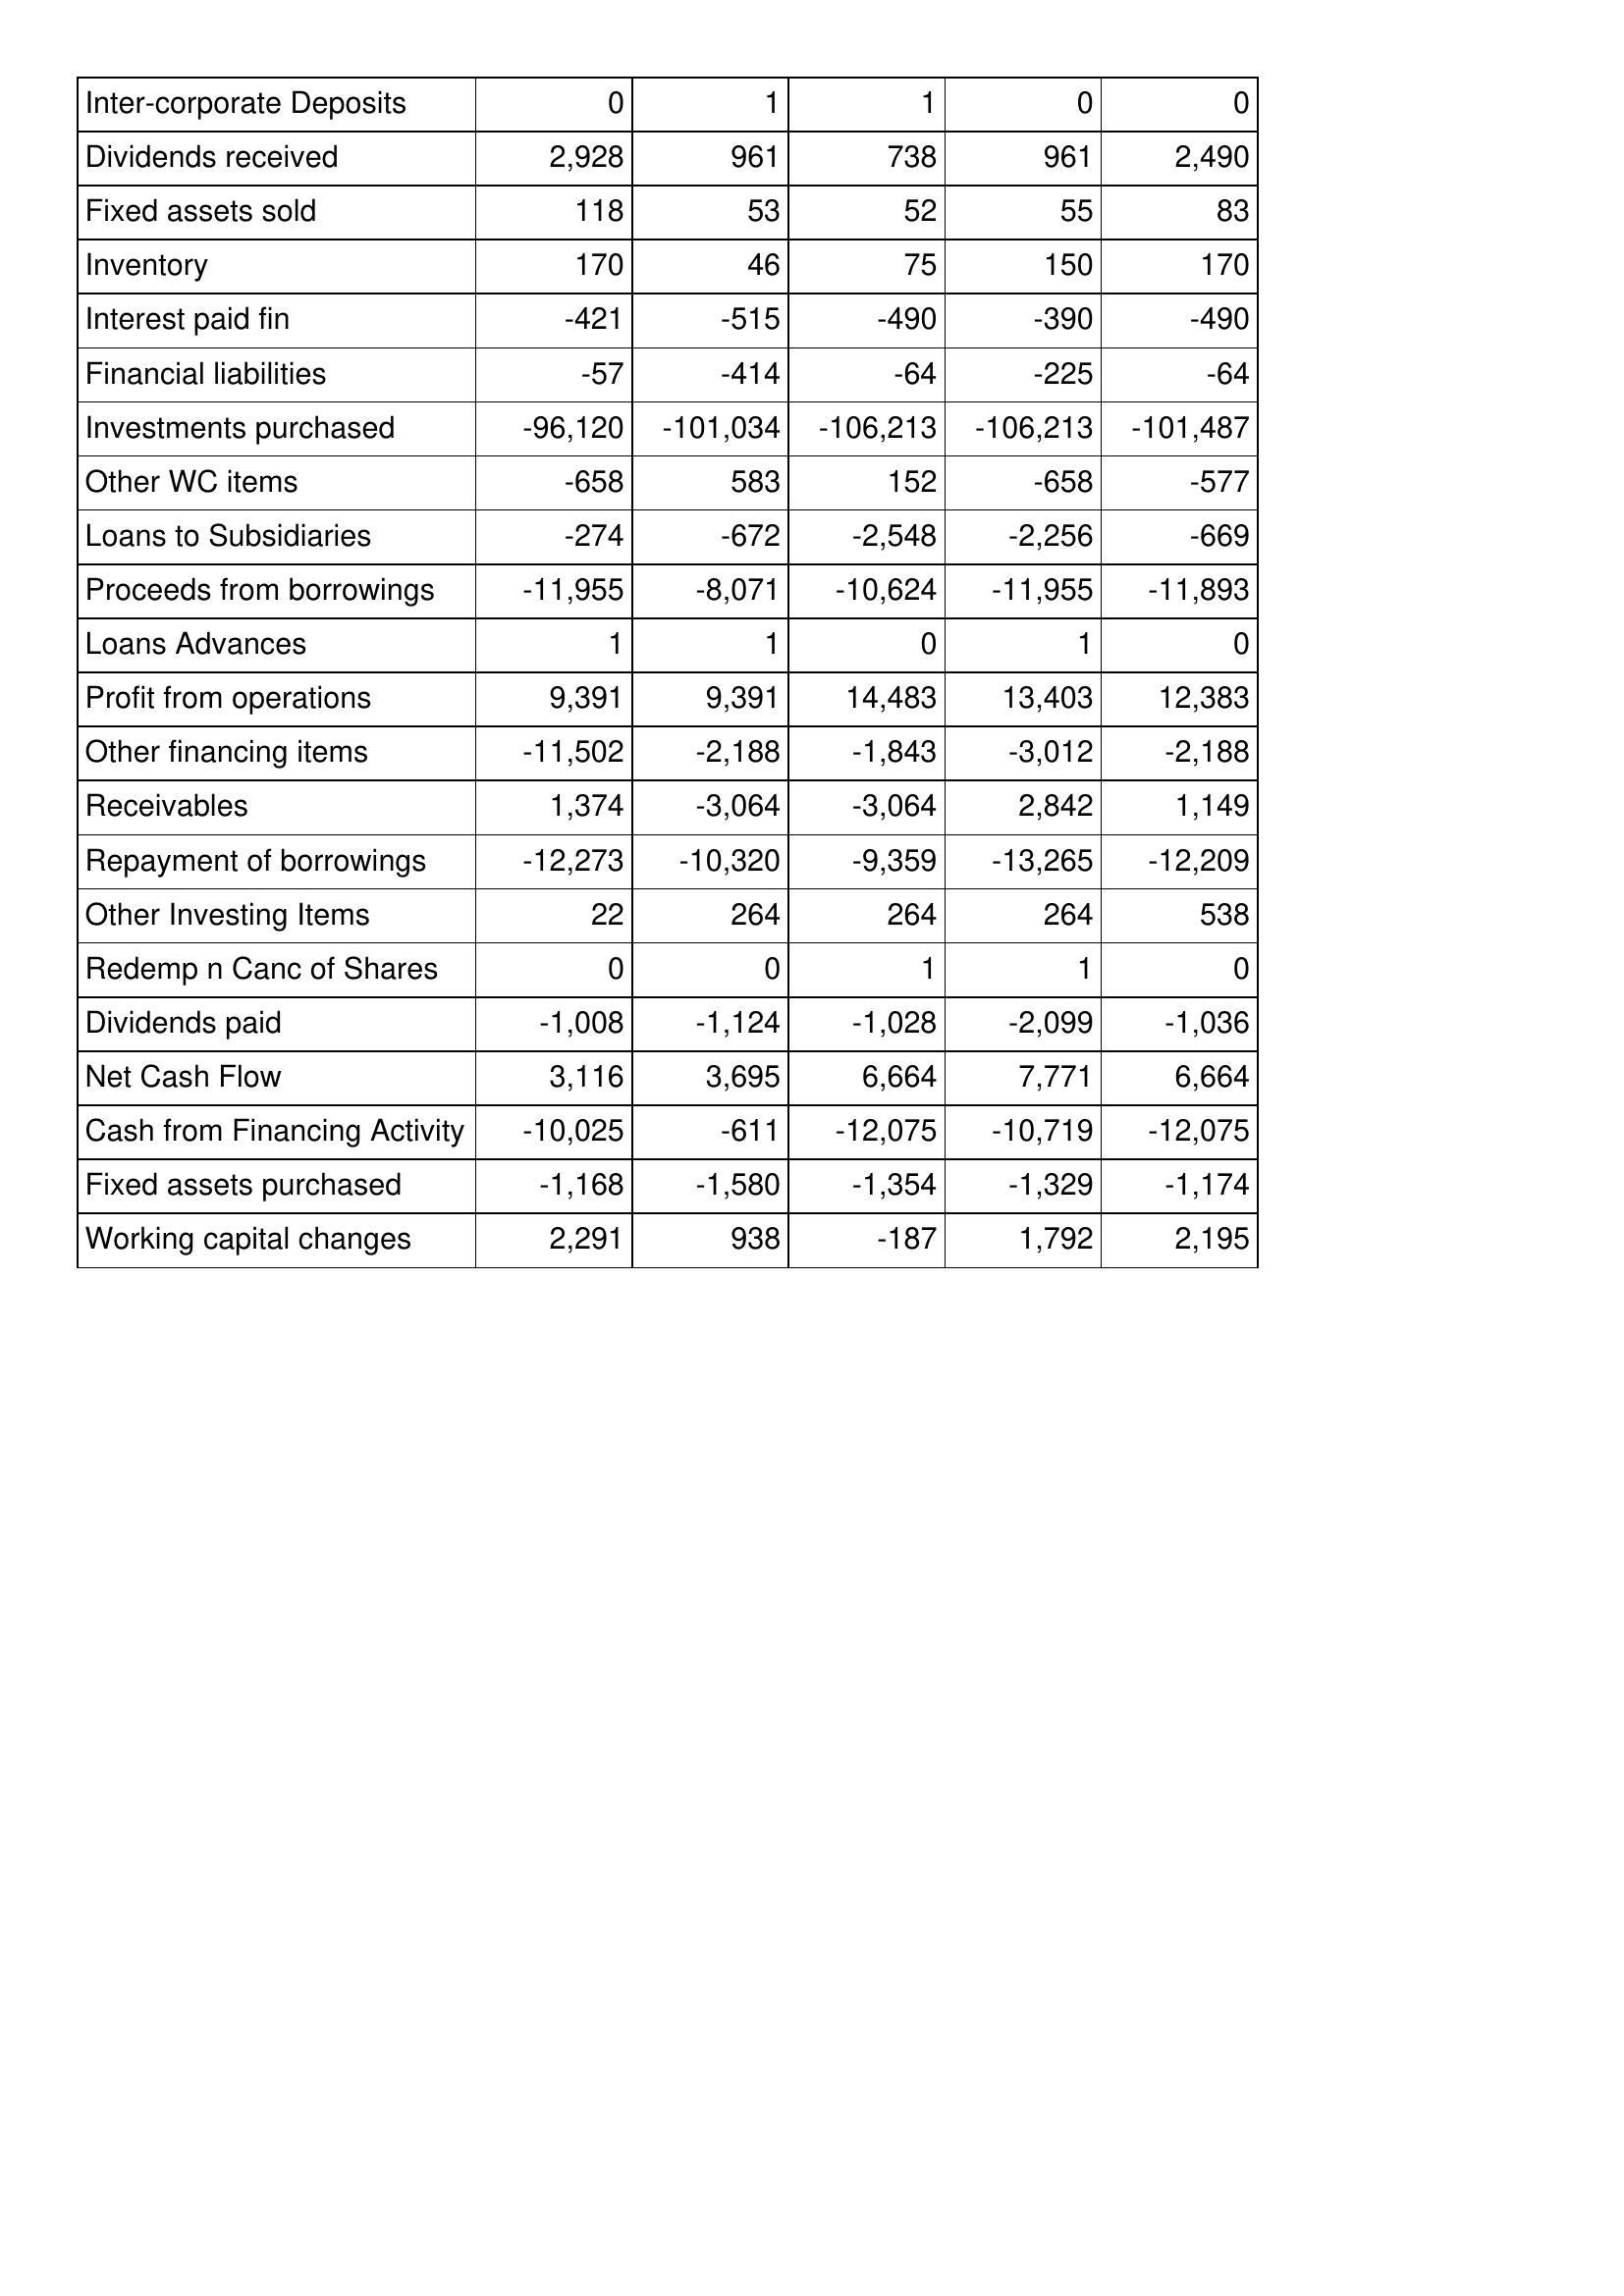
Mar-18: Cash Flows: Inter-corporate Deposits: 0
Dividends received: 2,928
Fixed assets sold: 118
Inventory: 170
Interest paid fin: -421
Financial liabilities: -57
Investments purchased: -96,120
Other WC items: -658
Loans to Subsidiaries: -274
Proceeds from borrowings: -11,955
Loans Advances: 1
Profit from operations: 9,391
Other financing items: -11,502
Receivables: 1,374
Repayment of borrowings: -12,273
Other Investing Items: 22
Redemp n Canc of Shares: 0
Dividends paid: -1,008
Net Cash Flow: 3,116
Cash from Financing Activity: -10,025
Fixed assets purchased: -1,168
Working capital changes: 2,291
Mar-17: Cash Flows: Inter-corporate Deposits: 1
Dividends received: 961
Fixed assets sold: 53
Inventory: 46
Interest paid fin: -515
Financial liabilities: -414
Investments purchased: -101,034
Other WC items: 583
Loans to Subsidiaries: -672
Proceeds from borrowings: -8,071
Loans Advances: 1
Profit from operations: 9,391
Other financing items: -2,188
Receivables: -3,064
Repayment of borrowings: -10,320
Other Investing Items: 264
Redemp n Canc of Shares: 0
Dividends paid: -1,124
Net Cash Flow: 3,695
Cash from Financing Activity: -611
Fixed assets purchased: -1,580
Working capital changes: 938
Mar-16: Cash Flows: Inter-corporate Deposits: 1
Dividends received: 738
Fixed assets sold: 52
Inventory: 75
Interest paid fin: -490
Financial liabilities: -64
Investments purchased: -106,213
Other WC items: 152
Loans to Subsidiaries: -2,548
Proceeds from borrowings: -10,624
Loans Advances: 0
Profit from operations: 14,483
Other financing items: -1,843
Receivables: -3,064
Repayment of borrowings: -9,359
Other Investing Items: 264
Redemp n Canc of Shares: 1
Dividends paid: -1,028
Net Cash Flow: 6,664
Cash from Financing Activity: -12,075
Fixed assets purchased: -1,354
Working capital changes: -187
Mar-15: Cash Flows: Inter-corporate Deposits: 0
Dividends received: 961
Fixed assets sold: 55
Inventory: 150
Interest paid fin: -390
Financial liabilities: -225
Investments purchased: -106,213
Other WC items: -658
Loans to Subsidiaries: -2,256
Proceeds from borrowings: -11,955
Loans Advances: 1
Profit from operations: 13,403
Other financing items: -3,012
Receivables: 2,842
Repayment of borrowings: -13,265
Other Investing Items: 264
Redemp n Canc of Shares: 1
Dividends paid: -2,099
Net Cash Flow: 7,771
Cash from Financing Activity: -10,719
Fixed assets purchased: -1,329
Working capital changes: 1,792
Mar-14: Cash Flows: Inter-corporate Deposits: 0
Dividends received: 2,490
Fixed assets sold: 83
Inventory: 170
Interest paid fin: -490
Financial liabilities: -64
Investments purchased: -101,487
Other WC items: -577
Loans to Subsidiaries: -669
Proceeds from borrowings: -11,893
Loans Advances: 0
Profit from operations: 12,383
Other financing items: -2,188
Receivables: 1,149
Repayment of borrowings: -12,209
Other Investing Items: 538
Redemp n Canc of Shares: 0
Dividends paid: -1,036
Net Cash Flow: 6,664
Cash from Financing Activity: -12,075
Fixed assets purchased: -1,174
Working capital changes: 2,195